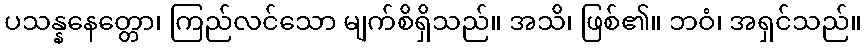
ပသန္နနေတ္တော၊ ကြည်လင်သော မျက်စိရှိသည်။ အသိ၊ ဖြစ်၏။ ဘဝံ၊ အရှင်သည်။